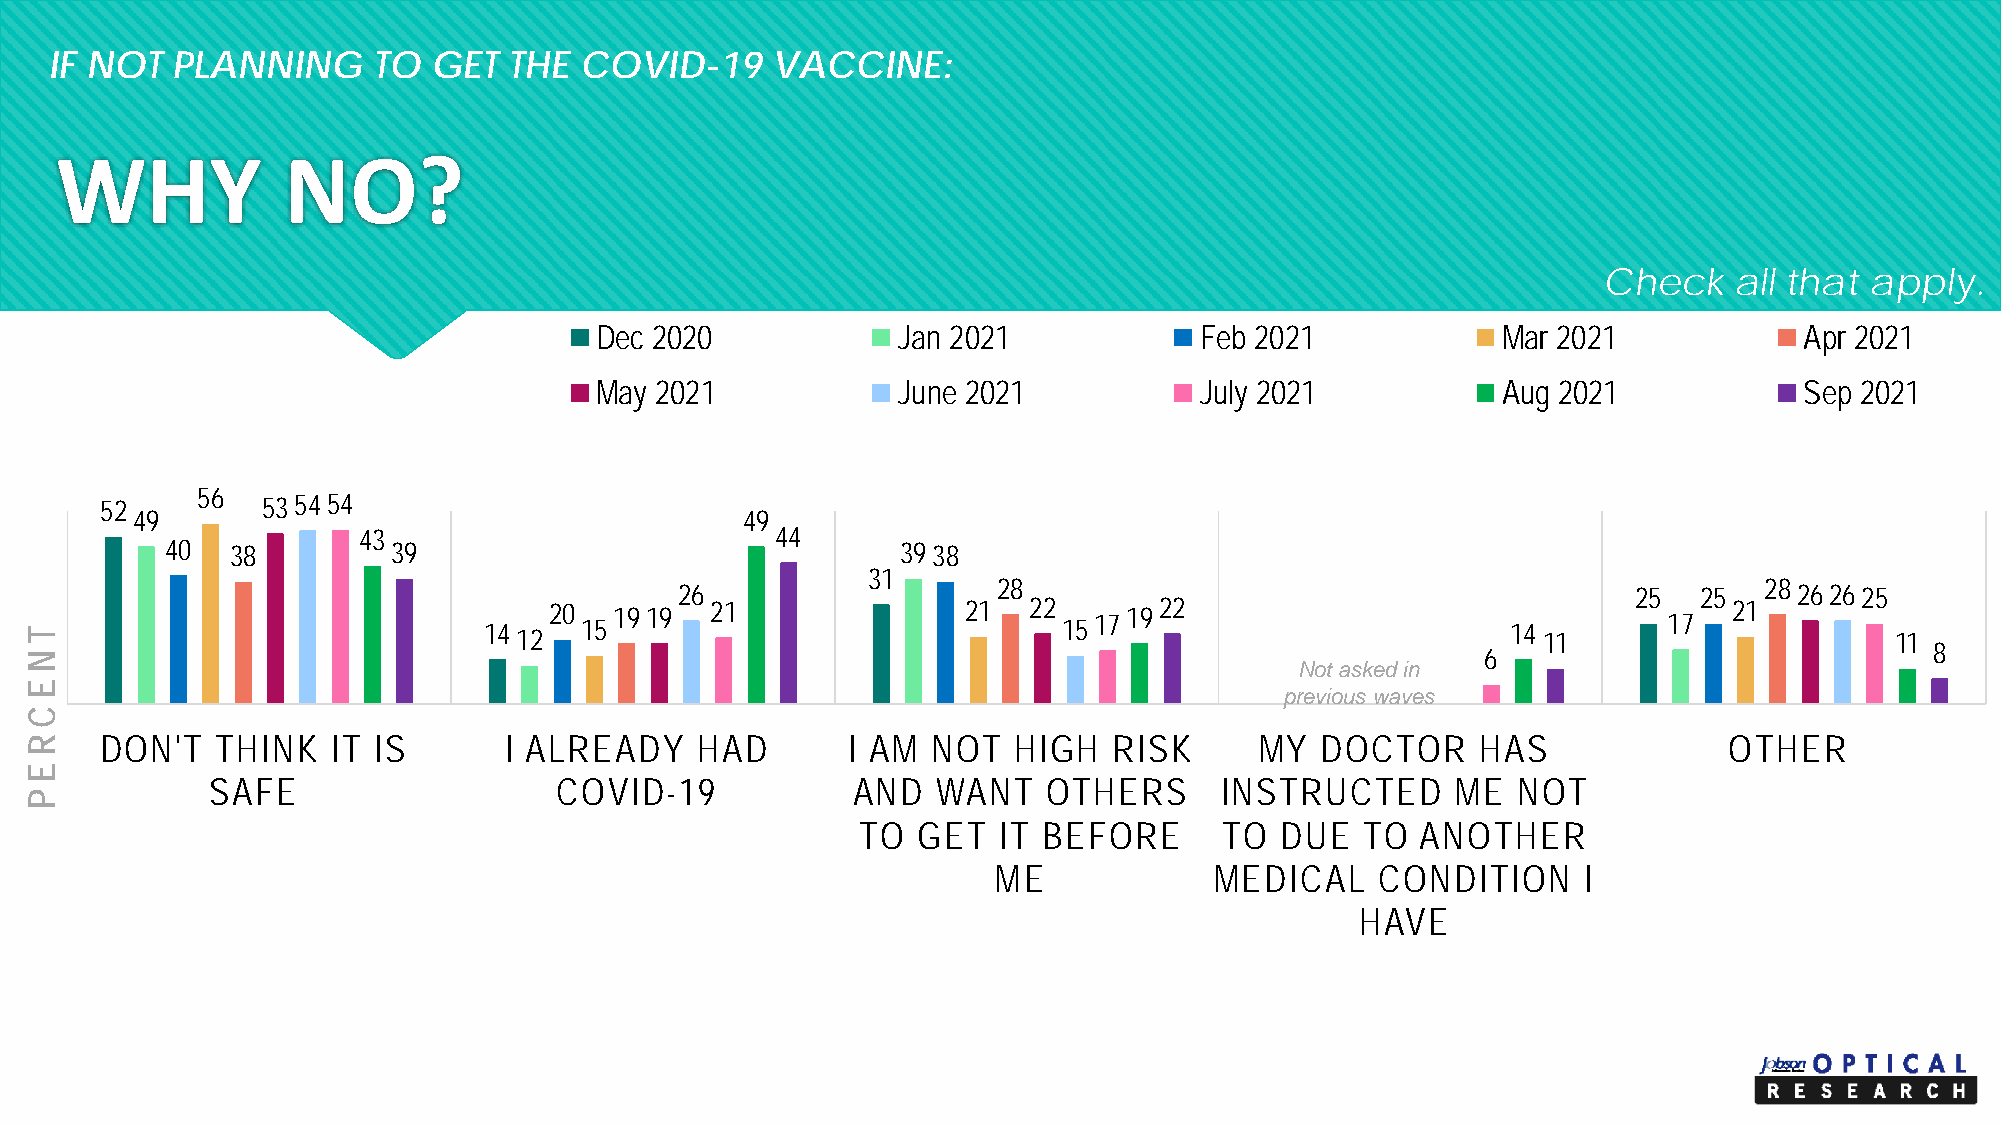
IF NOT  PLANNING      TO  GET  THE COVID-19     VACCINE:
 WHY            NO?
 Check    all that apply.
 Dec 2020            Jan 2021            Feb 2021            Mar 2021            Apr 2021
 May 2021            June 2021           July 2021           Aug 2021            Sep 2021
 52
 56  535454
 49                                      49
 43                         44
 40  38         39                                3938
 31
 28                                                 28
 26                                                             25  25     262625
 20   1919  21               21  22     1922                                    21
 14    15                              1517                          14        17 12 11       11
 8
 6
 Not asked in
 previous waves
 DON'T  THINK   IT IS      I ALREADY    HAD       I AM  NOT  HIGH   RISK     MY  DOCTOR     HAS             OTHER
 SAFE                   COVID-19           AND   WANT   OTHERS      INSTRUCTED     ME  NOT
 TO  GET  IT BEFORE      TO  DUE  TO  ANOTHER
 ME            MEDICAL    CONDITION     I
 HAVE
 T
 NE
 C
 REP